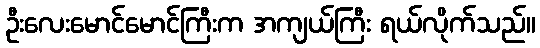
ဦးလေးမောင်မောင်ကြီးက အကျယ်ကြီး ရယ်လိုက်သည်။